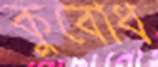
কুবোধ